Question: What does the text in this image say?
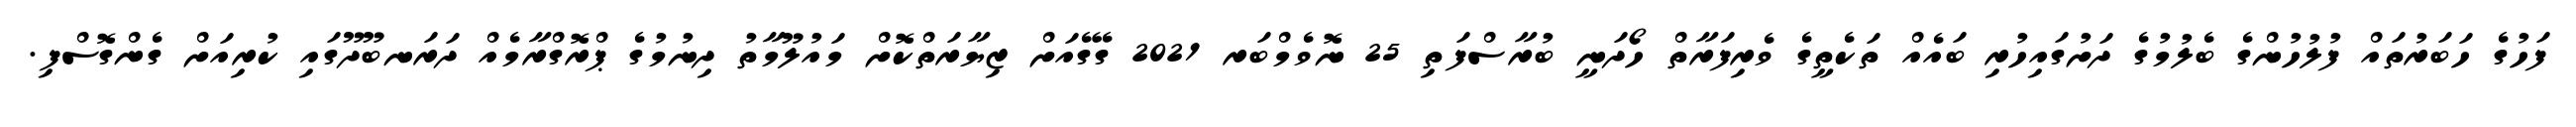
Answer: ފަހުގެ ހަބަރުތައް ފުލުހުންގެ ބެލުމުގެ ދަށުގައިހުރި ބައެއް ތަކެތީގެ ވެރިފަރާތް ހޯދަނީ ބުރާސްފަތި 25 ނޮވެމްބަރ 2021 ގޭގެއަށް ޒިޔާރަތްކޮށް މައުލޫމާތު ދިނުމުގެ ޕްރޮގްރާމެއް ދަރަނބޫދޫގައި ކުރިއަށް ގެންގޮސްފި.